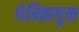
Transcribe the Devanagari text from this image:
पेम्फ़िगुस